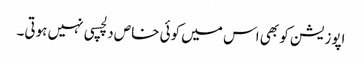
اپوزیشن کو بھی اس میں کوئی خاص دلچسپی نہیں ہوتی۔